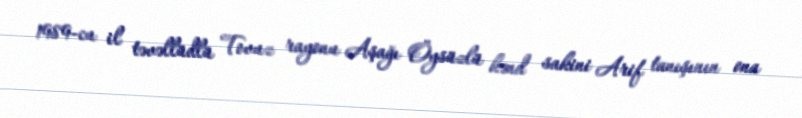
1989-cu il təvəllüdlü Tovuz rayonu Aşağı Öysüzlü kənd sakini Arif tanışının ona